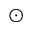
_ { \odot }